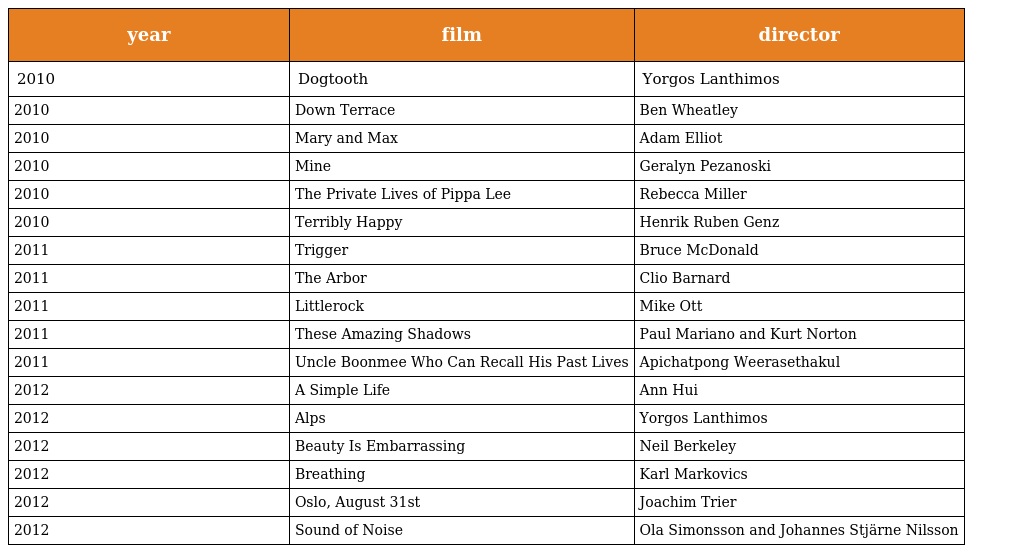
| year | film | director |
 | --- | --- | --- |
 | 2010 | Dogtooth | Yorgos Lanthimos |
 | 2010 | Down Terrace | Ben Wheatley |
 | 2010 | Mary and Max | Adam Elliot |
 | 2010 | Mine | Geralyn Pezanoski |
 | 2010 | The Private Lives of Pippa Lee | Rebecca Miller |
 | 2010 | Terribly Happy | Henrik Ruben Genz |
 | 2011 | Trigger | Bruce McDonald |
 | 2011 | The Arbor | Clio Barnard |
 | 2011 | Littlerock | Mike Ott |
 | 2011 | These Amazing Shadows | Paul Mariano and Kurt Norton |
 | 2011 | Uncle Boonmee Who Can Recall His Past Lives | Apichatpong Weerasethakul |
 | 2012 | A Simple Life | Ann Hui |
 | 2012 | Alps | Yorgos Lanthimos |
 | 2012 | Beauty Is Embarrassing | Neil Berkeley |
 | 2012 | Breathing | Karl Markovics |
 | 2012 | Oslo, August 31st | Joachim Trier |
 | 2012 | Sound of Noise | Ola Simonsson and Johannes Stjärne Nilsson |